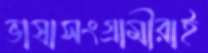
ভাষাসংগ্রামীরাই